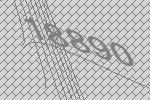
18890